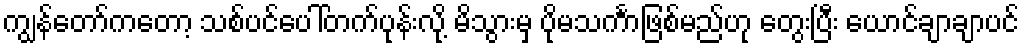
ကျွန်တော်ကတော့ သစ်ပင်ပေါ်တက်ပုန်းလို့ မိသွားမှ ပိုမသင်္ကာဖြစ်မည်ဟု တွေးပြီး ယောင်ချာချာပင်